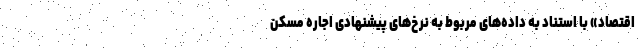
اقتصاد» با استناد به داده‌های مربوط به نرخ‌‌های پیشنهادی اجاره مسکن